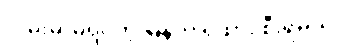
လမ်းမှာမရပ်တဲ့ မြန်တဲ့ ရထား စီးရမယ်။